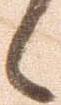
候